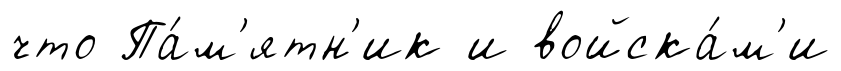
что Па́м'ятн'ик и войска́м'и